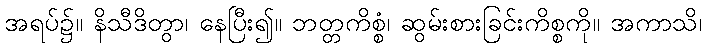
အရပ်၌။ နိသီဒိတွာ၊ နေပြီး၍။ ဘတ္တကိစ္စံ၊ ဆွမ်းစားခြင်းကိစ္စကို။ အကာသိ၊